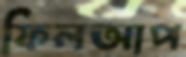
ফিলআপ